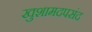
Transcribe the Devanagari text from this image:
खुशामदपसंद